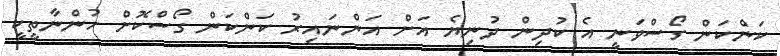
ކަންކަން ގޯސްވަނީ އެ ކުދިން ދުނިޔެ އަށް އަންނައިރު ކަންކަން ގޯސްކޮށް ހުންނާތީކީ